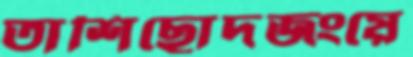
তাশিছোদজংয়ে